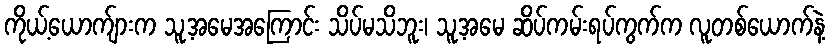
ကိုယ့်ယောက်ျားက သူ့အမေအကြောင်း သိပ်မသိဘူး၊ သူ့အမေ ဆိပ်ကမ်းရပ်ကွက်က လူတစ်ယောက်နဲ့